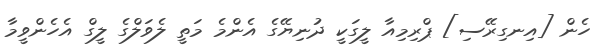
ހެން [އިނގިރޭސި] ޕްރިމިއާ ލީގަކީ ދުނިޔޭގެ އެންމެ މަތީ ލެވަލްގެ ލީގް އެހެންވީމާ